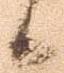
候